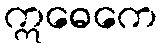
ဣဓေကေ